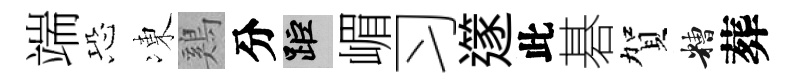
端恐凍鷄分距嵋习𨗹此碁賀糟葬